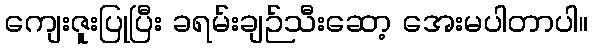
ကျေးဇူးပြုပြီး ခရမ်းချဉ်သီးဆော့ အေးမပါတာပါ။